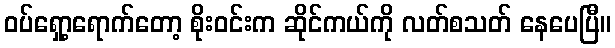
ဝပ်ရှော့ရောက်တော့ စိုးဝင်းက ဆိုင်ကယ်ကို လတ်စသတ် နေပေပြီ။